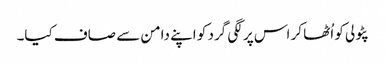
پٹولی کو اُٹھا کر اس پر لگی گرد کو اپنے دامن سے صاف کیا۔